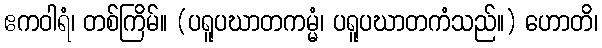
ဧကဝါရံ၊ တစ်ကြိမ်။ (ပရူပဃာတကမ္မံ၊ ပရူပဃာတကံသည်။) ဟောတိ၊